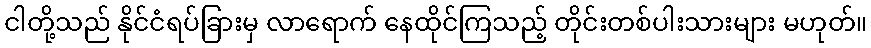
ငါတို့သည် နိုင်ငံရပ်ခြားမှ လာရောက် နေထိုင်ကြသည့် တိုင်းတစ်ပါးသားများ မဟုတ်။